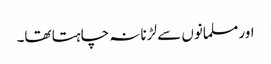
اور مسلمانوں سے لڑنا نہ چاہتا تھا۔